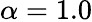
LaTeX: \alpha=1.0